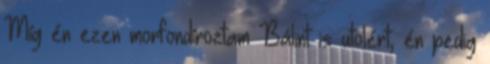
Míg én ezen morfondíroztam Bálint is utolért, én pedig